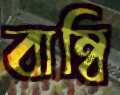
বাম্বি